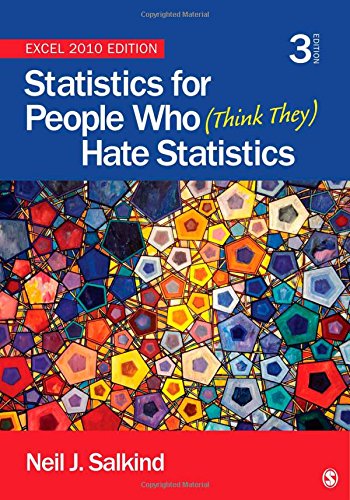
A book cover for Statistics for People Who (Think They) Hate Statistics: Excel 2010 Edition; Neil J. Salkind; Politics & Social Sciences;